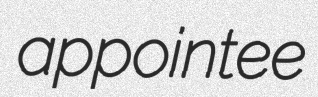
appointee